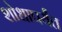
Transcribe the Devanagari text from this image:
शोधापर्यंत